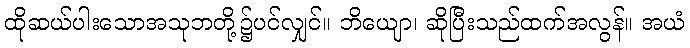
ထိုဆယ်ပါးသောအသုဘတို့၌ပင်လျှင်။ ဘိယျော၊ ဆိုပြီးသည်ထက်အလွန်။ အယံ